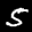
Label: 5